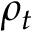
\rho _ { t }